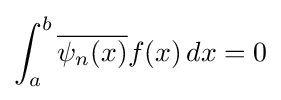
\int _{a}^{b}{\overline {\psi _{n}(x)}}f(x)\,dx=0